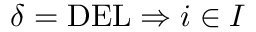
\delta = \mathrm { D E L } \Rightarrow i \in I